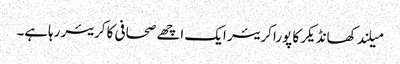
میلند کھانڈیکر کا پورا کریئر ایک اچھے صحافی کا کریئر رہاہے۔